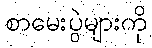
စာမေးပွဲများကို